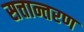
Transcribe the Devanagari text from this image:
सत्तान्तरण